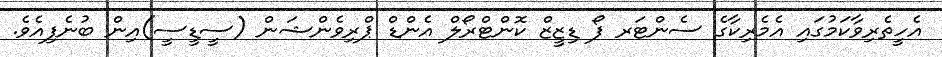
އެހީތެރިވާކަމުގައި އެމެރިކާގެ ސެންޓަރ ފޯ ޑިޒީޒް ކޮންޓްރޯލް އެންޑް ޕްރިވެންޝަން (ސީޑީސީ)އިން ބުނެފިއެވެ.